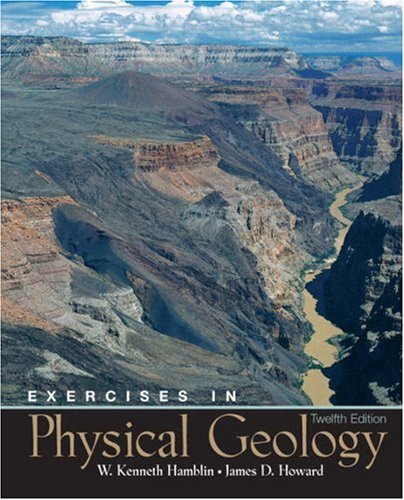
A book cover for Exercises in Physical Geology (12th Edition); W. Kenneth Hamblin; Science & Math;